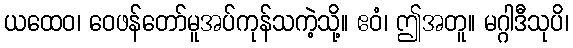
ယထေဝ၊ ဝေဖန်တော်မူအပ်ကုန်သကဲ့သို့။ ဧဝံ၊ ဤအတူ။ မဂ္ဂါဒီသုပိ၊